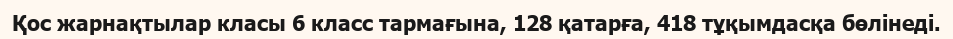
Қос жарнақтылар класы 6 класс тармағына, 128 қатарға, 418 тұқымдасқа бөлінеді.